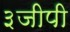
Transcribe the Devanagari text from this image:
३जीपी